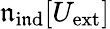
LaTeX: {\mathfrak{n}}_{\mathrm{{i\mathfrak{n}d}}}[U_{\mathrm{{ext}}}]